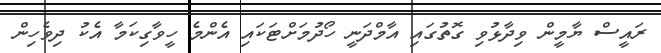
ރައީސް ޔާމީން ވިދާޅުވި ގޮތުގައި އާމްދަނީ ހޯދުމަށްޓަކައި އެންމެ ހީވާގިކަމާ އެކު ދިވެހިން